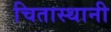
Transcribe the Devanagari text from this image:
चितास्थानी